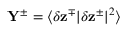
\mathbf { Y ^ { \pm } } = \langle \delta \mathbf { z } ^ { \mp } | \delta \mathbf { z } ^ { \pm } | ^ { 2 } \rangle